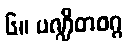
၆။ ပဏ္ဍိတဝဂ္ဂ